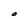
Character: O